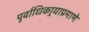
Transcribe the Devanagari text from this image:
पूर्वाधिकार्‍याप्रमाणे